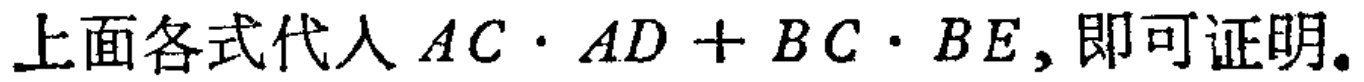
上面各式代入 \(AC\cdot AD + BC\cdot BE\)，即可证明。